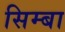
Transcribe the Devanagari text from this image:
सिम्बा